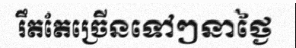
រឹតតែច្រើនទៅៗនាថ្ងៃ